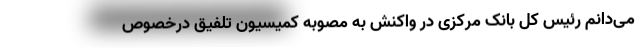
می‌دانم رئیس کل بانک مرکزی در واکنش به مصوبه کمیسیون تلفیق درخصوص